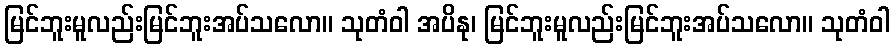
မြင်ဘူးမူလည်းမြင်ဘူးအပ်သလော။ သုတံဝါ အပိနု၊ မြင်ဘူးမူလည်းမြင်ဘူးအပ်သလော။ သုတံဝါ